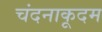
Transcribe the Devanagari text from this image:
चंदनाकूदम